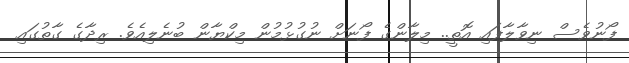
ފޯނުވެސް ނިވާލާފައި އޮތީ.. މިލާންގެ ފޯނަށް ނުގުޅުމުން މިކްޔާން ބުނެލިއެވެ. ރިދާގެ ގާތުގައި